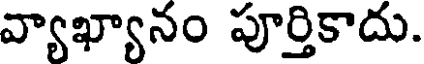
వ్యాఖ్యానం పూర్తికాదు.